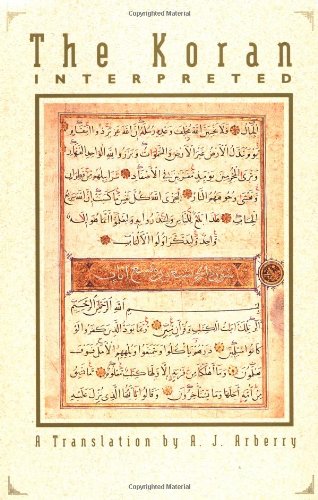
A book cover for The Koran Interpreted: A Translation; Religion & Spirituality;